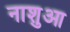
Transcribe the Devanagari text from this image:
नाशुआ